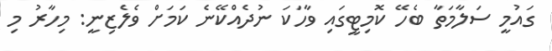
ގައުމީ ސަލާމަތާ ބެހޭ ކޮމިޓީގައި ވާހަކަ ނުދެއްކޭނެ ކަމަށް ވެލެޒިނީ: މިހާރު މި